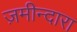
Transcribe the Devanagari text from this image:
ज़मीन्दारा